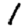
Digit: 1